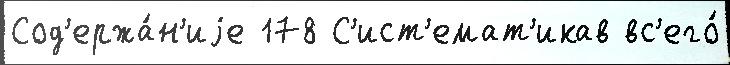
Сод'ержа́н'иjе 178 С'ист'емат'икав вс'его́